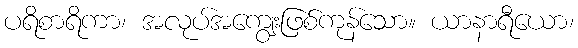
ပရိစာရိကာ၊ အလုပ်အကျွေးဖြစ်ကုန်သော။ ယာနာရီယော၊